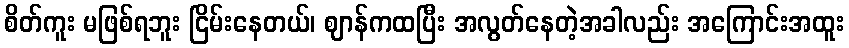
စိတ်ကူး မဖြစ်ရဘူး ငြိမ်းနေတယ်၊ ဈာန်ကထပြီး အလွတ်နေတဲ့အခါလည်း အကြောင်းအထူး